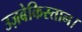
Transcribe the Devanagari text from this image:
उज़बेकिस्तान।